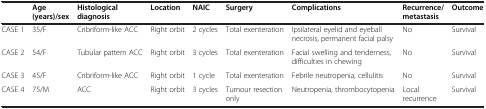
<table><thead><tr><td><b> </b></td><td><b>Age (years)/sex</b></td><td><b>Histological diagnosis</b></td><td><b>Location</b></td><td><b>NAIC</b></td><td><b>Surgery</b></td><td><b>Complications</b></td><td><b>Recurrence/metastasis</b></td><td><b>Outcome</b></td></tr></thead><tbody><tr><td>CASE 1</td><td>35/F</td><td>Cribriform-like ACC</td><td>Right orbit</td><td>2 cycles</td><td>Total exenteration</td><td>Ipsilateral eyelid and eyeball necrosis, permanent facial palsy</td><td>No</td><td>Survival</td></tr><tr><td>CASE 2</td><td>54/F</td><td>Tubular pattern ACC</td><td>Right orbit</td><td>3 cycles</td><td>Total exenteration</td><td>Facial swelling and tenderness, difficulties in chewing</td><td>No</td><td>Survival</td></tr><tr><td>CASE 3</td><td>45/F</td><td>Cribriform-like ACC</td><td>Right orbit</td><td>1 cycle</td><td>Total exenteration</td><td>Febrile neutropenia, cellulitis</td><td>No</td><td>Survival</td></tr><tr><td>CASE 4</td><td>75/M</td><td>ACC</td><td>Right orbit</td><td>3 cycles</td><td>Tumour resection only</td><td>Neutropenia, thrombocytopenia</td><td>Local recurrence</td><td>Survival</td></tr></tbody></table>